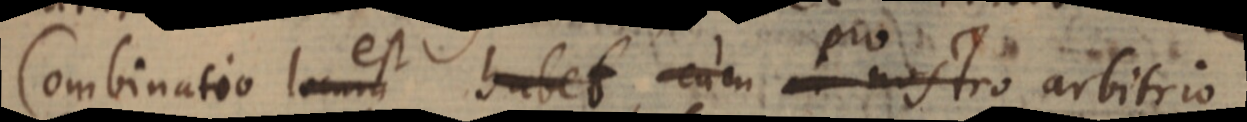
Combinatio locum est habet cum pro nostro arbitrio